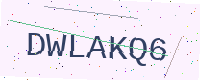
Text: DWLAKQ6